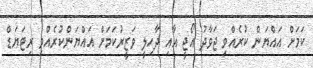
ކަމަށް އައްޔަން ކުރެއްވި ޖަވާދު އޯޖީ އާއި ދާހިލީ ވަޒީރުކަމަށް އައްޔަންކުރެއްވި ރިޓަޔަޑް